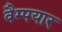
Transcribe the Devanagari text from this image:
वैम्पयार